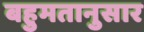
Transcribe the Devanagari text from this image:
बहुमतानुसार